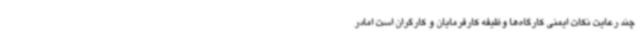
چند رعایت نکات ایمنی کارگاه‌ها وظیفه کارفرمایان و کارگران است امادر